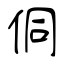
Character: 侗